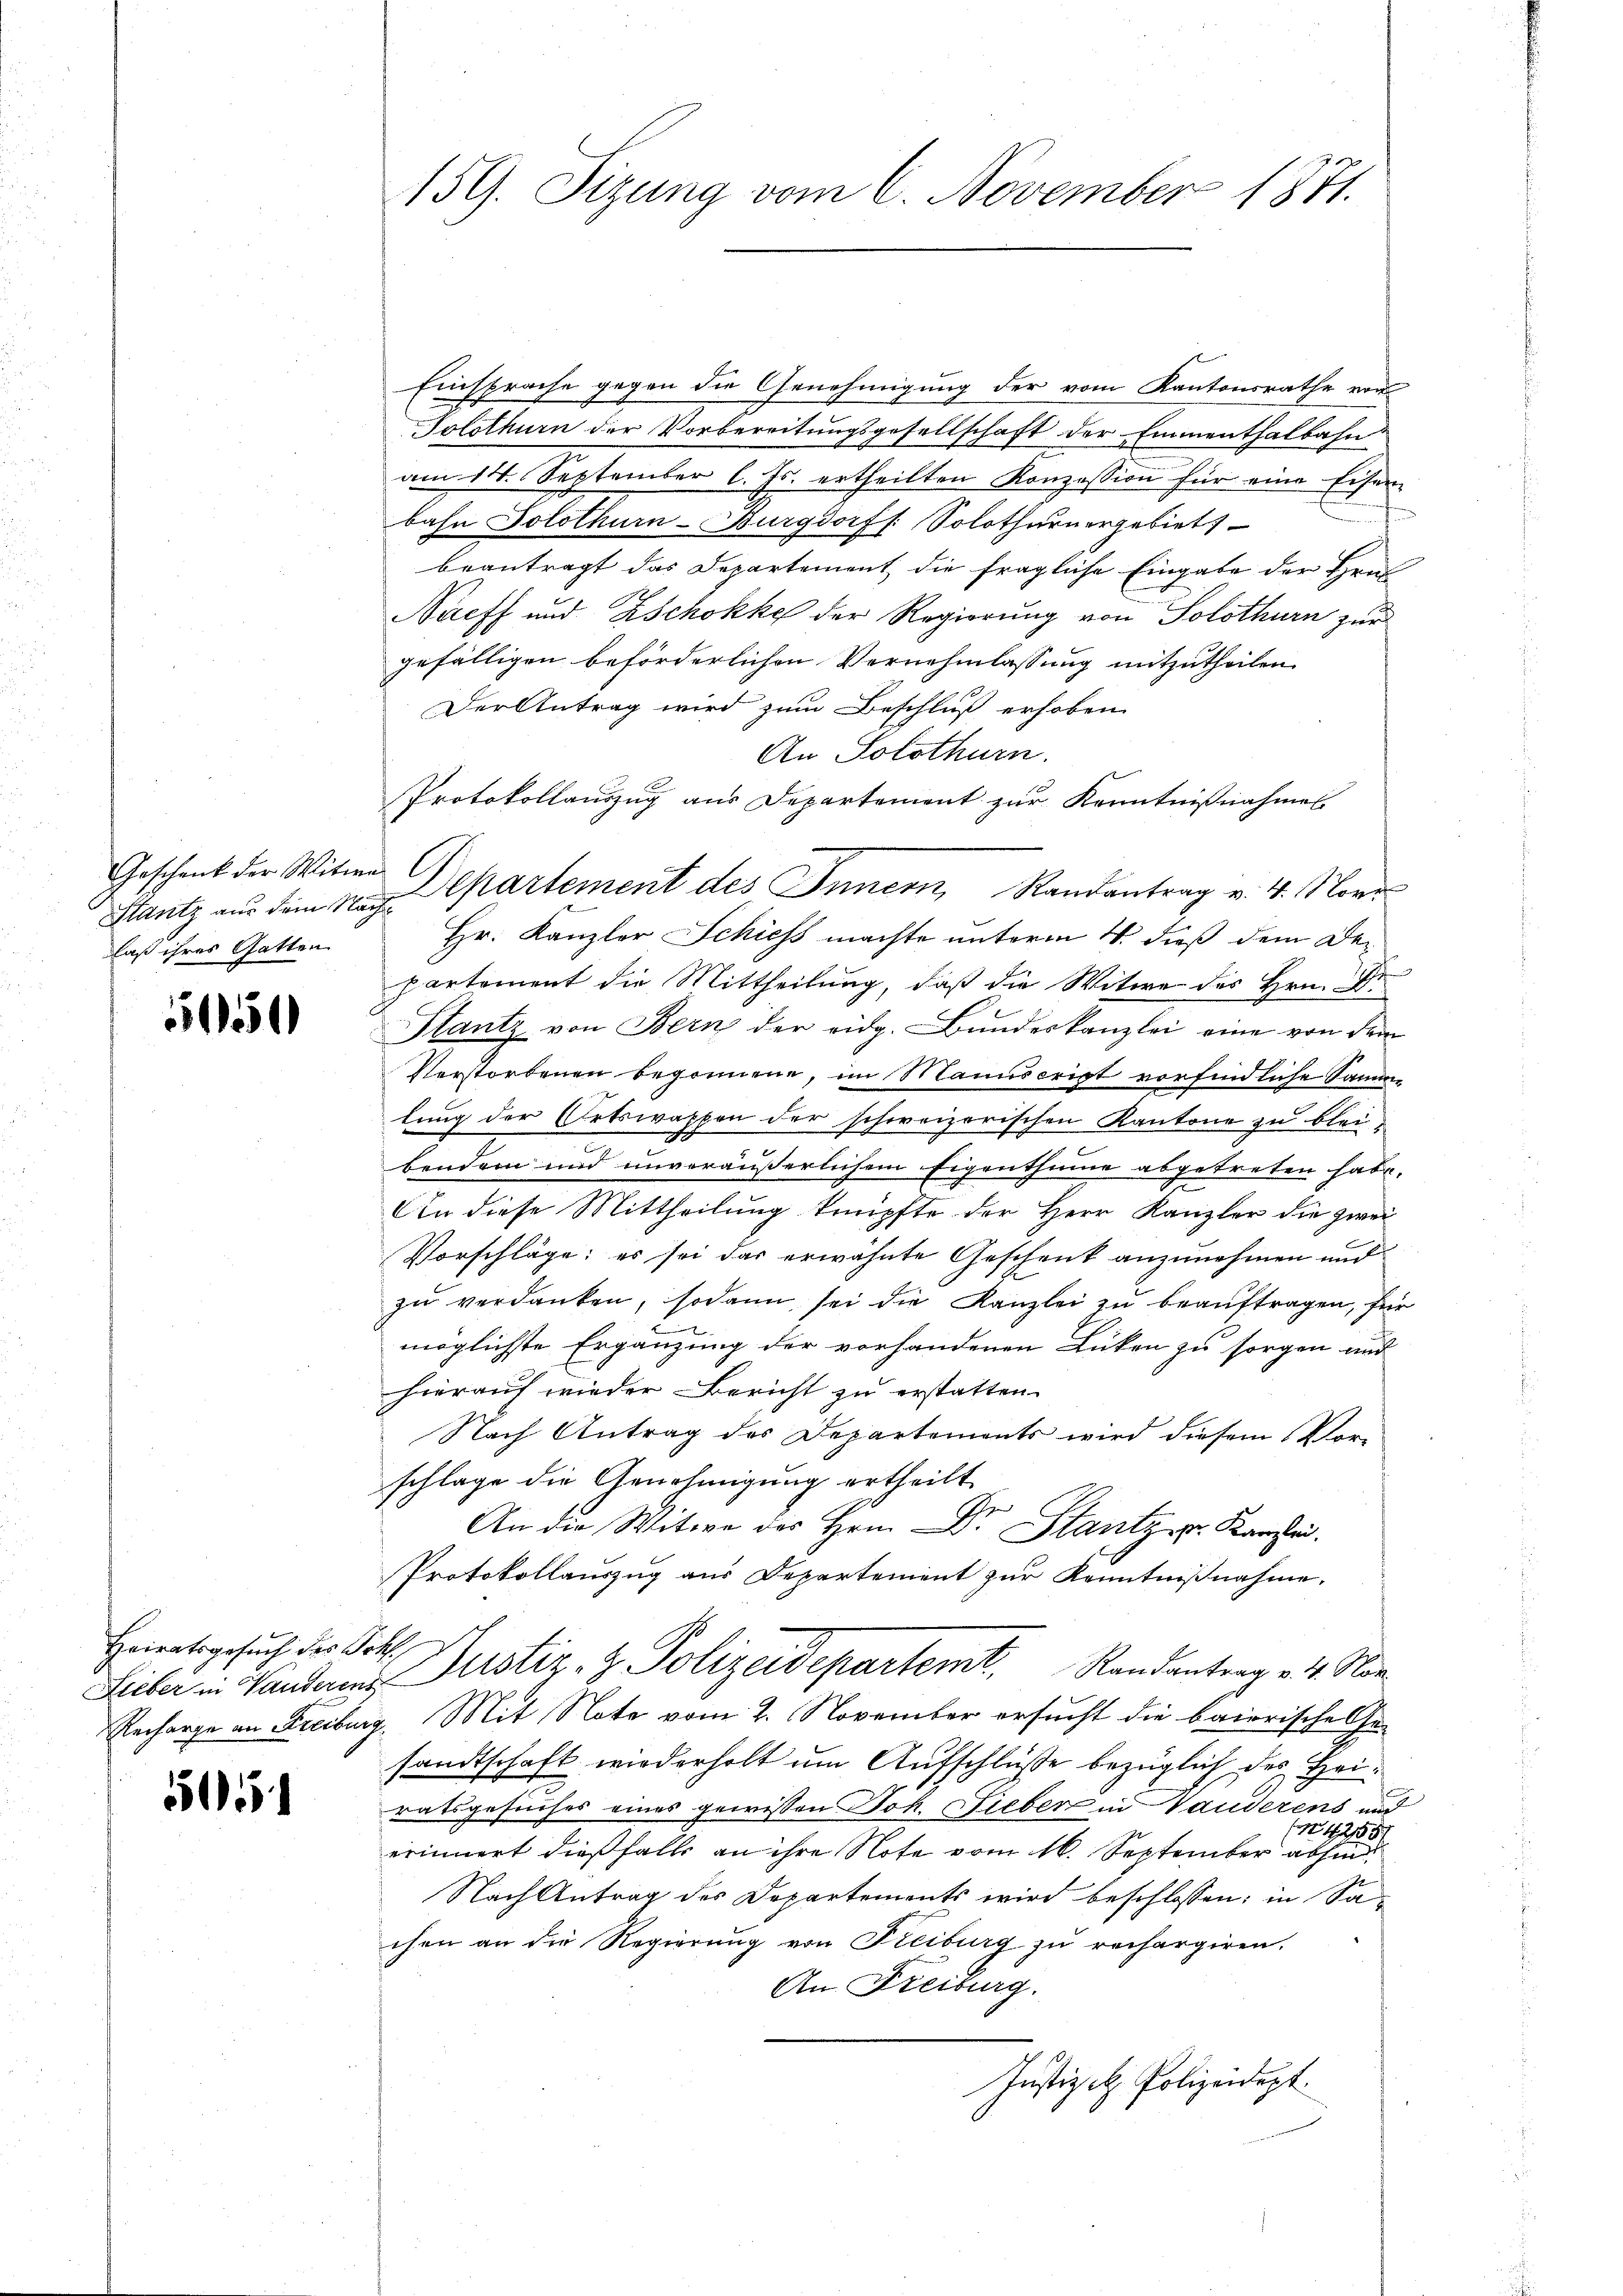
Geschenk der Witwe
Laß ihres Gatten

,

Heiratsgesuch des Joh.

5

Einsprache gegen die Genehmigung der vom Kantonsrathe von
Solothurn der Vorbereitungsgesellschaft der Emmenthalbahn
am 14. September l. Js. ertheilten Konzession für eine Eisen
bahn Solothurn-Burgdorff Solothurnergebiet
beantragt das Departement die fragliche Eingabe der Hra
Nacff und Zschokke der Regierung von Solothurn zur
gefälligen beförderlichen Vernehmlassung mitzutheilen.
Der Antrag wird zum Beschluß erhoben
An Solothurn.
Protokollauszug aus Departement zur Kenntnißnahmes
Hr. Kanzler Schiess machte unterm 4. dieß dem Departement die Mittheilung, daß die Witwe des Hrn. Dr
Stantz von Bern der eidg. Bŭndeskanzlei eine von dem
Vorstorbenen begonnene, im Manuscript vorfindliche Samme
lung der Ortswappen der schweizerischen Kantone zu bleibendem und unveräußerlichem Eigenthume abgetreten habe.
An diese Mittheilung knüpfte der Herr Kanzler die zwei
Vorschläge; es sei das erwähnte Geschenk anzunehmen und
zu verdanken, sodann sei die Kanzlei zu beauftragen, für
möglichste Ergänzung der vorhandenen Lücken zu sorgen und
hierauf wieder Bericht zu erstatten.
Nach Antrag des Departements wird diesem Vor-
schlage die Genehmigung ertheilt.
z
An die Witwe des Hrn. Dr. Stantz v. Kanzlei.
Protokollauszug aus Departement zur Kenntnißnahme.
Lieber in Handeres Justiz- & Polizeidepartemt. Randantrag v. 24. Nor
Recharge an Freiburg. Mit Note vom 2. November ersucht die baierische Gesandtschaft wiederholt um Aufschlüße bezüglich des Heiratsgesuches eines gewissen Joh. Fieber in Vauderens und
(1257
erinnert dießfalls an ihre Note vom 16. September abhin
Nach Antrag des Departements wird beschlossen: in Sachen an die Regierung von Freiburg zu rechargiren.
An Freiburg.
Justiz - Polizeidept.

159. Sizung vom 6. November 1871.

Stantz aus dem Nach Spartement des Innern, Randantrag v. 4. Nove